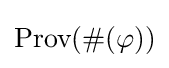
{\text{Prov}}(\#(\varphi ))